NASA-UAP-D4, Apollo 11 Technical Crew Debriefing, 1969
Page 7
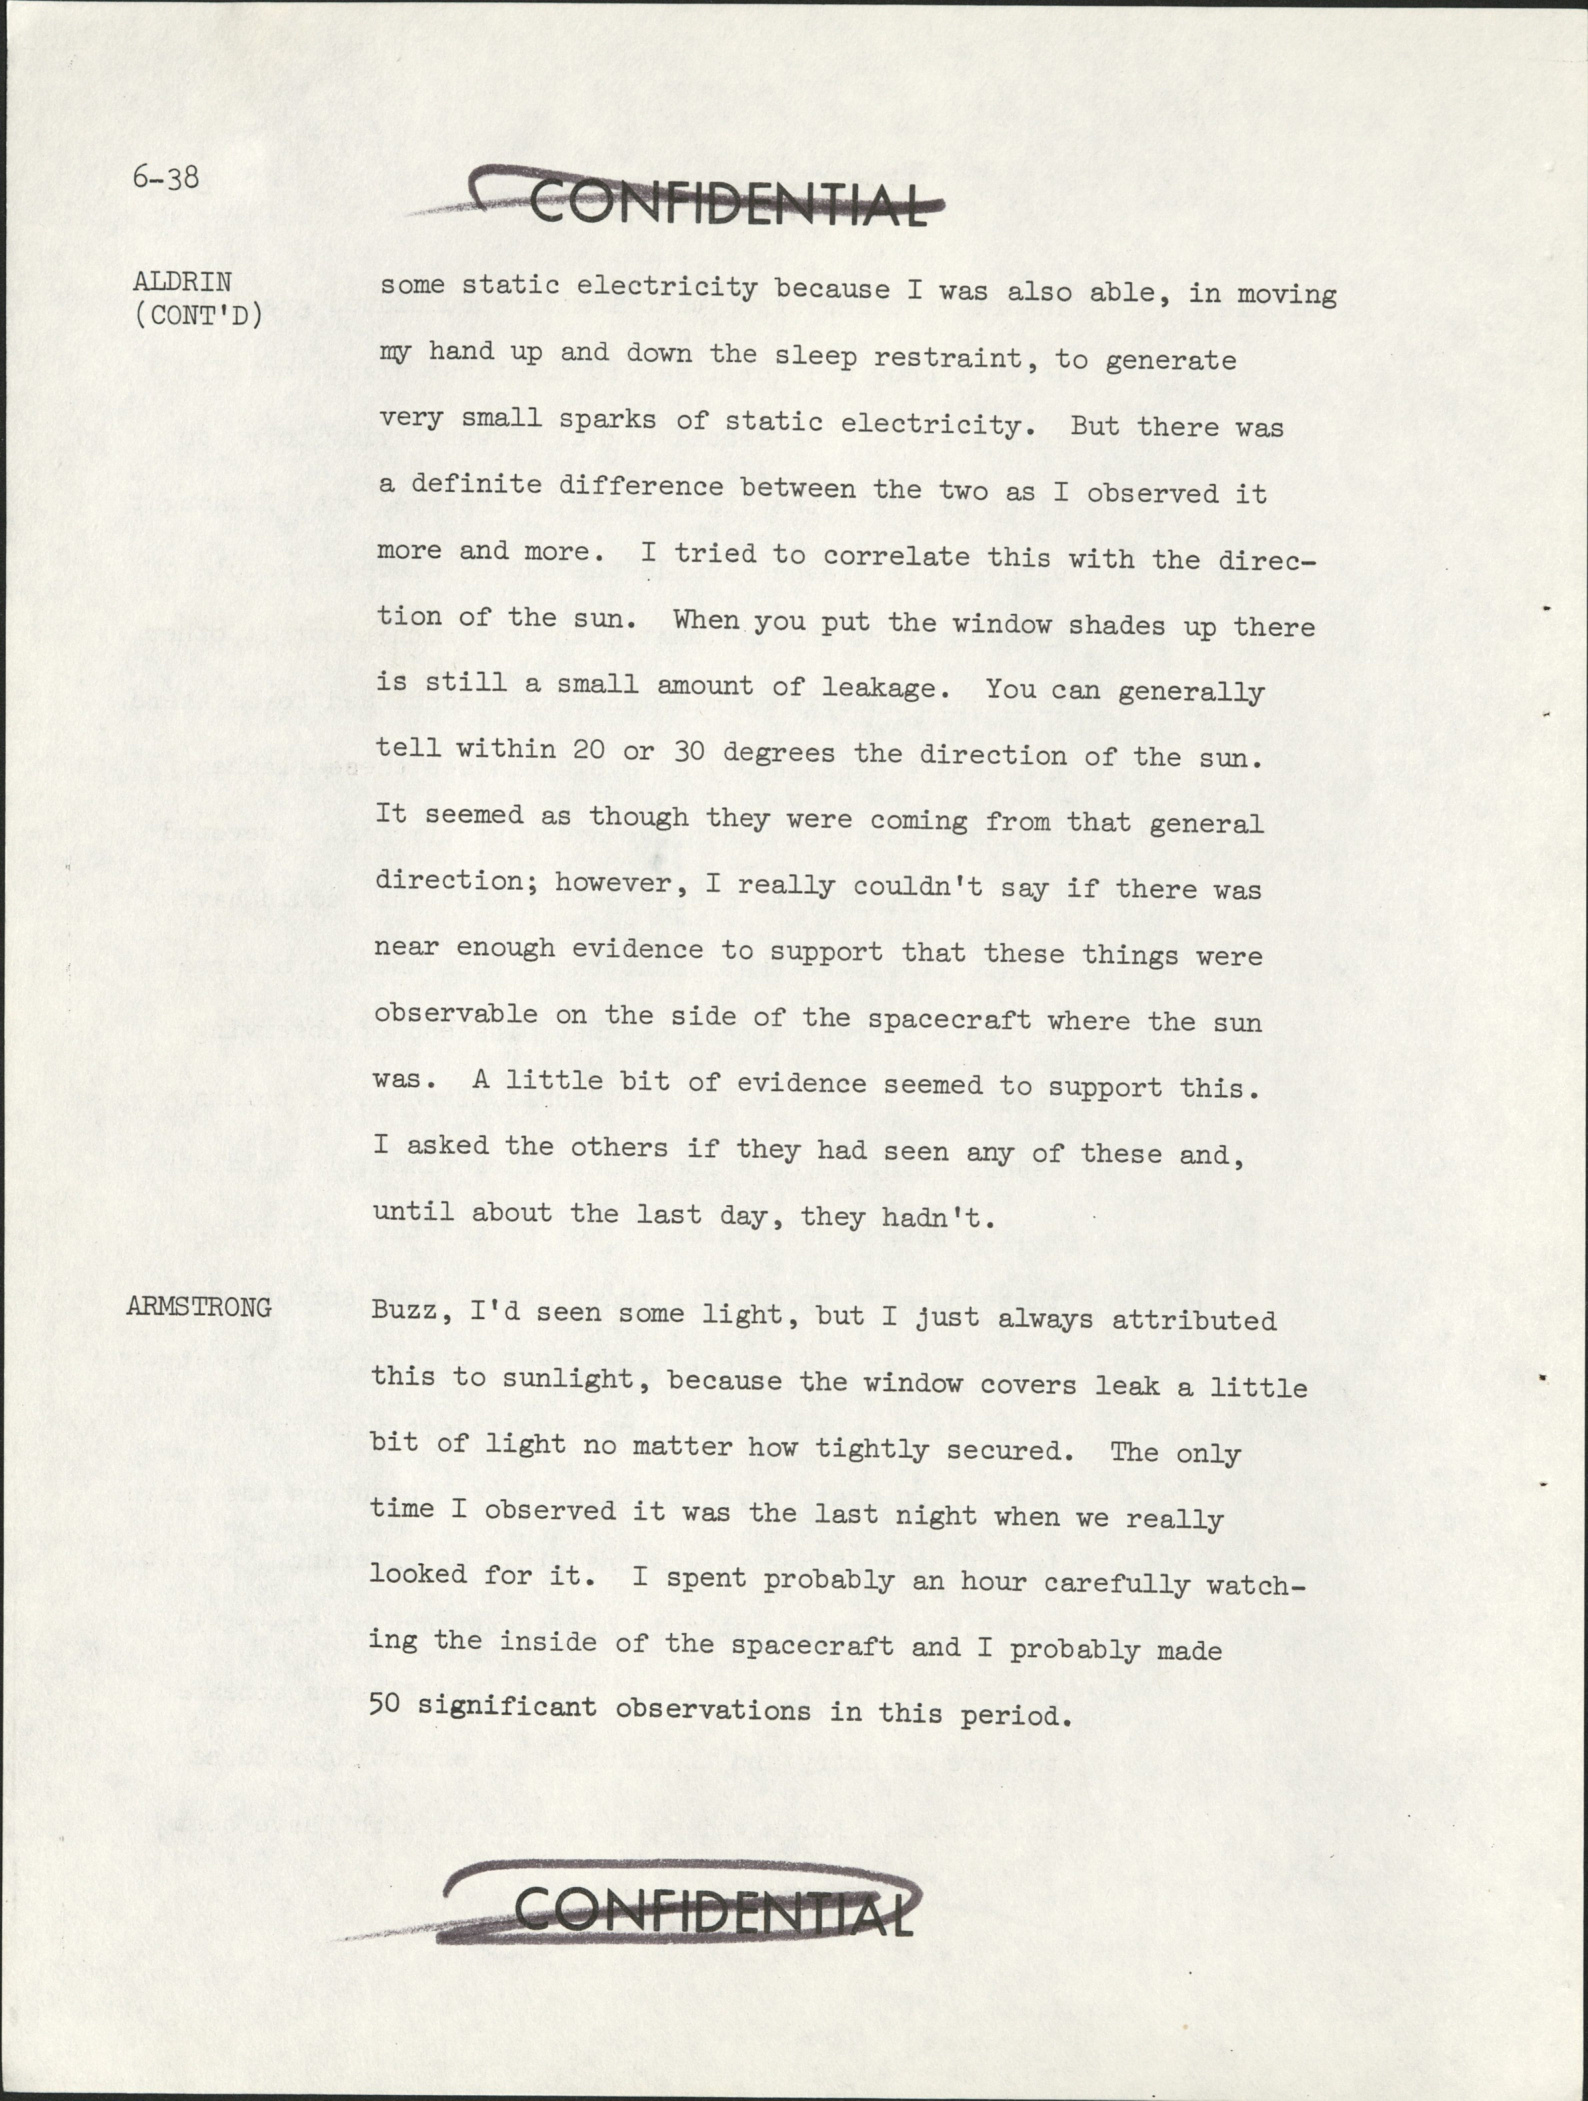